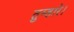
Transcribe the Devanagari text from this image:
तुम्हारे।